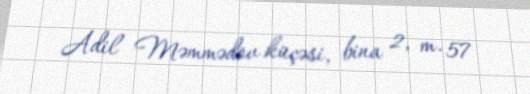
Adil Məmmədov küçəsi, bina 2, m. 57